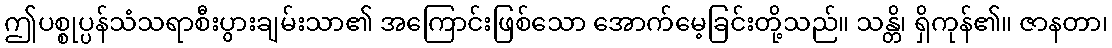
ဤပစ္စုပ္ပန်သံသရာစီးပွားချမ်းသာ၏ အကြောင်းဖြစ်သော အောက်မေ့ခြင်းတို့သည်။ သန္တိ၊ ရှိကုန်၏။ ဇာနတာ၊